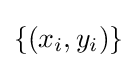
\left\{(x_{i},y_{i})\right\}